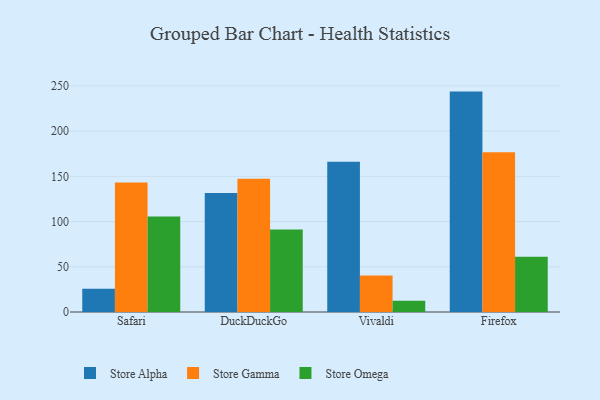
{"axis": {"x": "Browser", "y": "Satisfaction Score"}, "legend": ["Store Alpha", "Store Gamma", "Store Omega"], "data": [{"x": "Safari", "y": 25.8, "type": "Store Alpha"}, {"x": "Safari", "y": 143.3, "type": "Store Gamma"}, {"x": "Safari", "y": 105.7, "type": "Store Omega"}, {"x": "DuckDuckGo", "y": 131.7, "type": "Store Alpha"}, {"x": "DuckDuckGo", "y": 147.2, "type": "Store Gamma"}, {"x": "DuckDuckGo", "y": 91.2, "type": "Store Omega"}, {"x": "Vivaldi", "y": 166.1, "type": "Store Alpha"}, {"x": "Vivaldi", "y": 40.4, "type": "Store Gamma"}, {"x": "Vivaldi", "y": 12.5, "type": "Store Omega"}, {"x": "Firefox", "y": 243.7, "type": "Store Alpha"}, {"x": "Firefox", "y": 176.7, "type": "Store Gamma"}, {"x": "Firefox", "y": 61.1, "type": "Store Omega"}]}